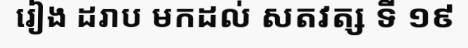
រៀង ដរាប មកដល់ សតវត្ស ទី ១៩